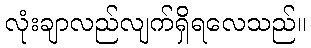
လုံးချာလည်လျက်ရှိရလေသည်။